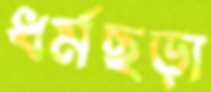
ধর্মছড়া